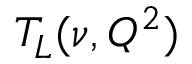
T _ { L } ( \nu , Q ^ { 2 } )